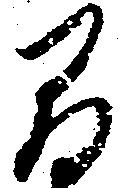
間